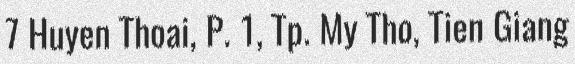
7 Huyen Thoai, P. 1, Tp. My Tho, Tien Giang